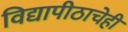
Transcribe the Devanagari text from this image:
विद्यापीठाचेही